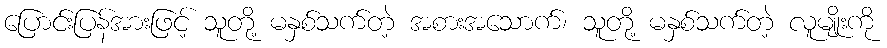
ပြောင်းပြန်အားဖြင့် သူတို့ မနှစ်သက်တဲ့ အစားအသောက်၊ သူတို့ မနှစ်သက်တဲ့ လူမျိုးကို